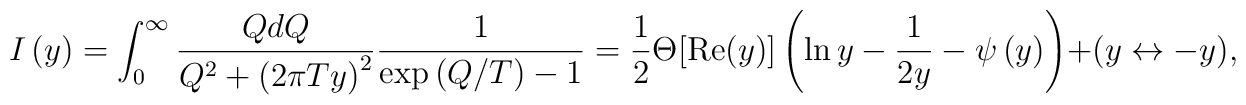
I\left( y\right) =\int_0^\infty \frac{QdQ}{Q^2+\left(2\pi Ty\right) ^2}\frac 1{\exp \left( Q/T\right) -1}=\frac12\Theta[{\rm Re}(y)]\left(\ln y-\frac 1{2y}-\psi\left(y\right)\right)+(y\leftrightarrow-y),